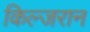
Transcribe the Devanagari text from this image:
किल्जरान